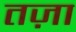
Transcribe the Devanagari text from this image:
तज़ा